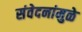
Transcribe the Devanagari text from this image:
संवेदनांमुळे